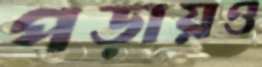
পড়ায়ও